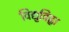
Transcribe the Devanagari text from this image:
विद्युविह्वा